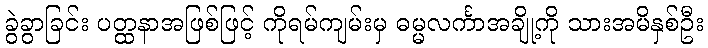
ခွဲခွာခြင်း ပတ္ထနာအဖြစ်ဖြင့် ကိုရမ်ကျမ်းမှ ဓမ္မလင်္ကာအချို့ကို သားအမိနှစ်ဦး